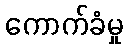
ကောက်ခံမှု